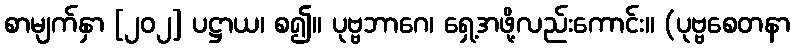
စာမျက်နှာ [၂၀၂] ပဋ္ဌာယ၊ စ၍။ ပုဗ္ဗဘာဂေ၊ ရှေ့အဖို့လည်းကောင်း။ (ပုဗ္ဗစေတနာ